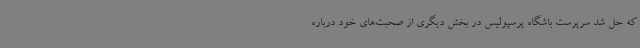
که حل شد سرپرست باشگاه پرسپولیس در بخش دیگری از صحبت‌های خود درباره